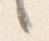
々